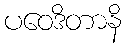
ပဝေဒိတာနိ